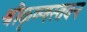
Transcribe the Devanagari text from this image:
श्रीकृष्णस्तवन